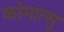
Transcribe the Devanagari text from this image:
कोमात्सु